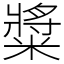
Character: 䊢